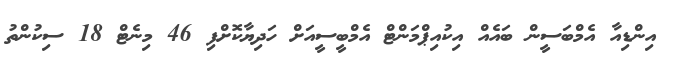
އިންޑިއާ އެމްބަސީން ބައެއް އިކުއިޕްމަންޓް އެމްބީސީއަށް ހަދިޔާކޮށްފި 46 މިނެޓް 18 ސިކުންތު